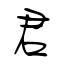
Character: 君